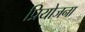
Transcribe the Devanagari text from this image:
प्रियोजना